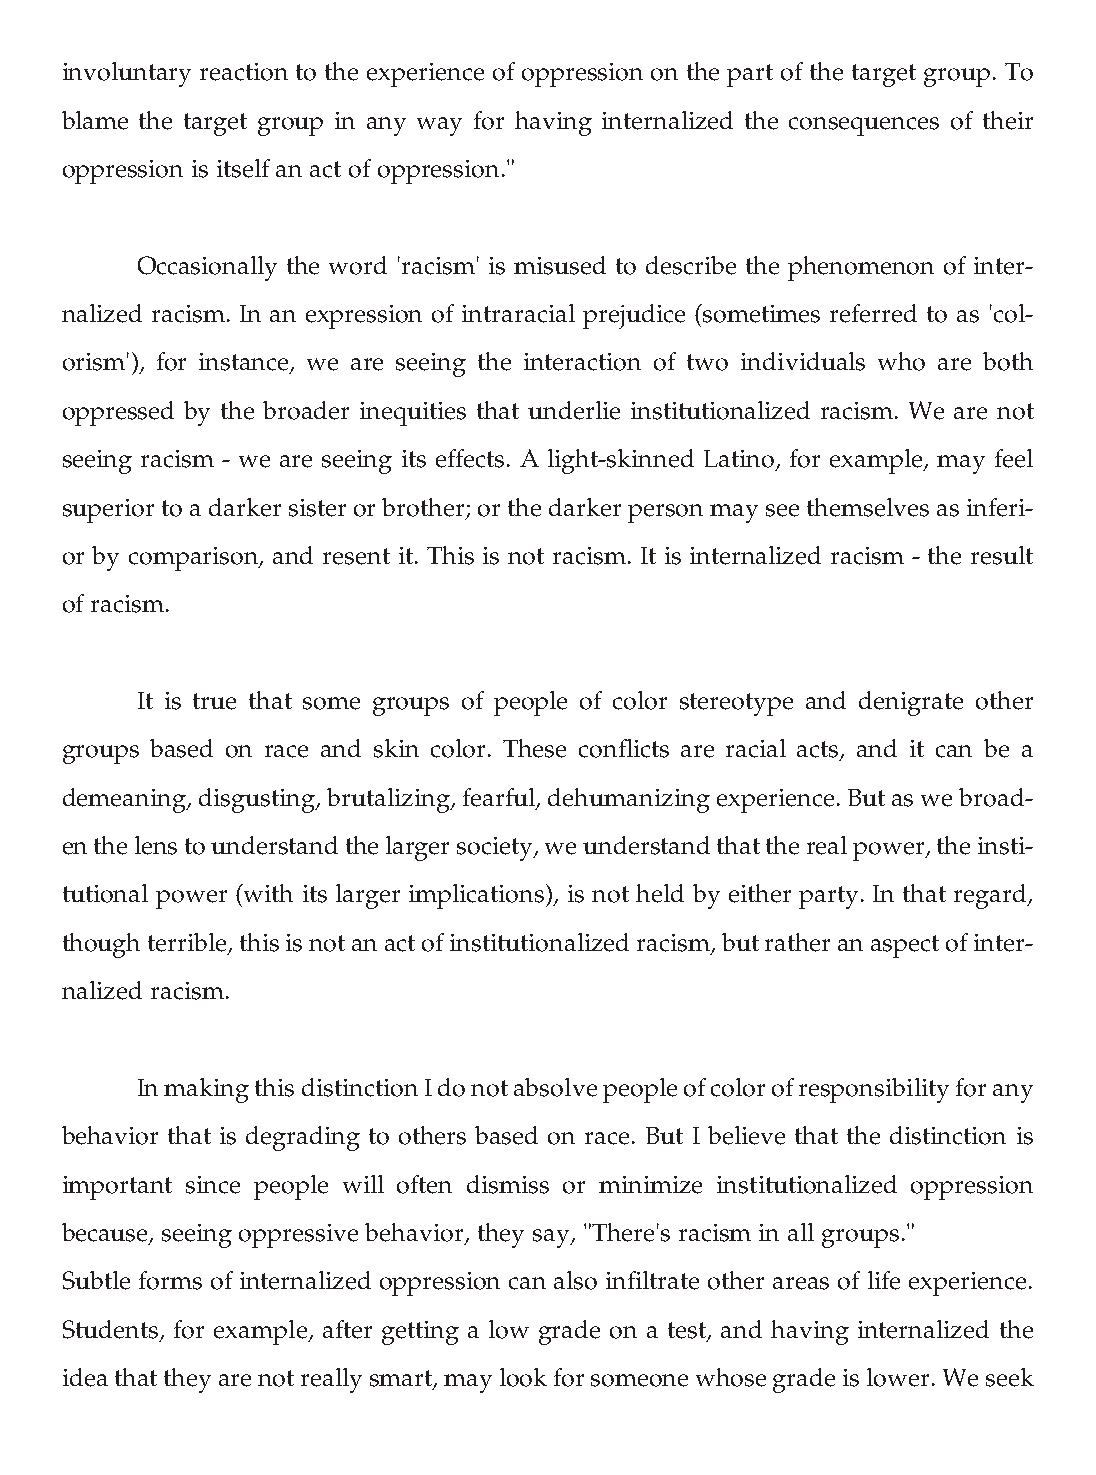
involuntary reaction to the experience of oppression on the part of the target group. To
 blame the target group in any way for having internalized the consequences of their
 oppression is itself an act of oppression."
 Occasionally the word 'racism' is misused to describe the phenomenon of inter-
 nalized racism. In an expression of intraracial prejudice (sometimes referred to as 'col-
 orism'), for instance, we are seeing the interaction of two individuals who are both
 oppressed by the broader inequities that underlie institutionalized racism. We are not
 seeing racism - we are seeing its effects. A light-skinned Latino, for example, may feel
 superior to a darker sister or brother; or the darker person may see themselves as inferi-
 or by comparison, and resent it. This is not racism. It is internalized racism - the result
 of racism.
 It is true that some groups of people of color stereotype and denigrate other
 groups based on race and skin color. These conflicts are racial acts, and it can be a
 demeaning, disgusting, brutalizing, fearful, dehumanizing experience. But as we broad-
 en the lens to understand the larger society, we understand that the real power, the insti-
 tutional power (with its larger implications), is not held by either party. In that regard,
 though terrible, this is not an act of institutionalized racism, but rather an aspect of inter-
 nalized racism.
 In making this distinction I do not absolve people of color of responsibility for any
 behavior that is degrading to others based on race. But I believe that the distinction is
 important since people will often dismiss or minimize institutionalized oppression
 because, seeing oppressive behavior, they say, "There's racism in all groups."
 Subtle forms of internalized oppression can also infiltrate other areas of life experience.
 Students, for example, after getting a low grade on a test, and having internalized the
 idea that they are not really smart, may look for someone whose grade is lower. We seek